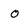
Character: o